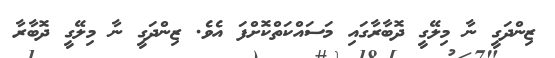
ޒިންދަގީ ނާ މިލޭގީ ދޮބާރާގައި މަސައްކަތްކޮށްފަ އެވެ. ޒިންދަގީ ނާ މިލޭގީ ދޮބާރާ